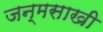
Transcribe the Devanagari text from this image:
जन्मसाखी